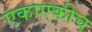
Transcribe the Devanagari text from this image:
एकाएकीच